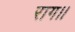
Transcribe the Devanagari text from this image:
राग।।